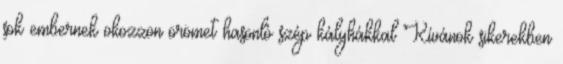
sok embernek okozzon örömet hasonló szép kályhákkal Kívánok sikerekben